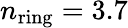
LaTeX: n_{\mathrm{ring}}=3.7